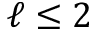
\ell \leq 2